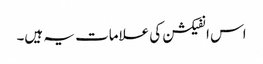
اس انفیکشن کی علامات یہ ہیں۔